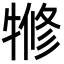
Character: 㹋